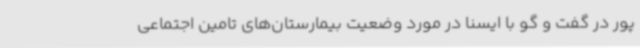
پور در گفت و گو با ایسنا در مورد وضعیت بیمارستان‌های تامین اجتماعی